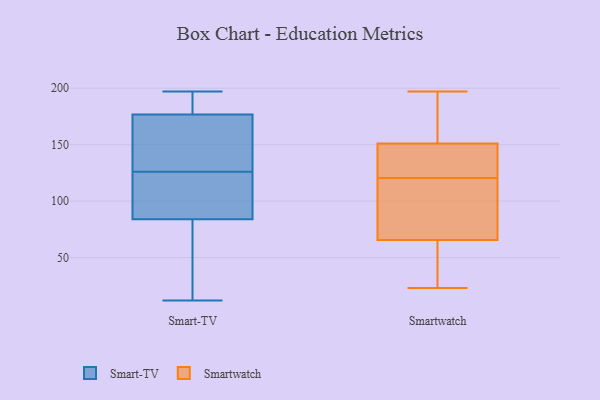
{"axis": {"x": "Churn Rate (%)", "y": "Value"}, "legend": ["Smart-TV", "Smartwatch"], "data": [{"x": "", "y": 188, "type": "Smart-TV"}, {"x": "", "y": 197, "type": "Smart-TV"}, {"x": "", "y": 176, "type": "Smart-TV"}, {"x": "", "y": 84, "type": "Smart-TV"}, {"x": "", "y": 177, "type": "Smart-TV"}, {"x": "", "y": 126, "type": "Smart-TV"}, {"x": "", "y": 84, "type": "Smart-TV"}, {"x": "", "y": 12, "type": "Smart-TV"}, {"x": "", "y": 149, "type": "Smart-TV"}, {"x": "", "y": 109, "type": "Smart-TV"}, {"x": "", "y": 63, "type": "Smart-TV"}, {"x": "", "y": 31, "type": "Smartwatch"}, {"x": "", "y": 197, "type": "Smartwatch"}, {"x": "", "y": 147, "type": "Smartwatch"}, {"x": "", "y": 153, "type": "Smartwatch"}, {"x": "", "y": 100, "type": "Smartwatch"}, {"x": "", "y": 23, "type": "Smartwatch"}, {"x": "", "y": 109, "type": "Smartwatch"}, {"x": "", "y": 108, "type": "Smartwatch"}, {"x": "", "y": 132, "type": "Smartwatch"}, {"x": "", "y": 149, "type": "Smartwatch"}, {"x": "", "y": 25, "type": "Smartwatch"}, {"x": "", "y": 187, "type": "Smartwatch"}]}